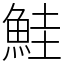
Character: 鮭